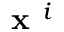
\textbf { x } ^ { i }